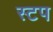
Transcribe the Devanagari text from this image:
स्टप